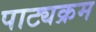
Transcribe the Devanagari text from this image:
पाट्यक्रम